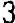
3